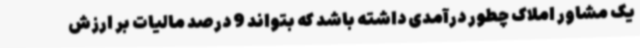
یک مشاور املاک چطور درآمدی داشته باشد که بتواند 9 درصد مالیات بر ارزش